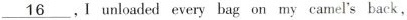
\underline{16}.1 unloaded every bag on my camel's back,